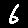
Digit: 6